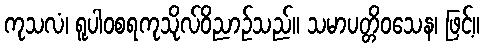
ကုသလံ၊ ရူပါဝစရကုသိုလ်ဝိညာဉ်သည်။ သမာပတ္တိဝသေန၊ ဖြင့်။